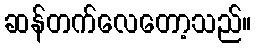
ဆန်တက်လေတော့သည်။